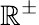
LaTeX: \mathbb{R}^{\pm}